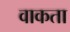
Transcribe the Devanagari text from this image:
वाकता